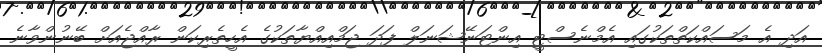
އަދި އެ މަސައްކަތްތަކުގައި އެމްނެސްޓީ އިންޓަނޭޝަނަލް ފަދަ ޖަމްއިއްޔާތަކުގެ އެހީތެރިކަން ރާއްޖެއަށް ބޭނުންވާނެ